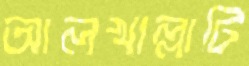
আলখাল্লাটি